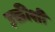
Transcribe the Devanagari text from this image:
उक्तीशी